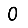
Digit: 0